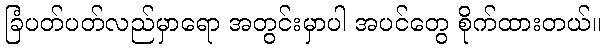
ခြံပတ်ပတ်လည်မှာရော အတွင်းမှာပါ အပင်တွေ စိုက်ထားတယ်။